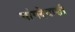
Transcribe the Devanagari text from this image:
चांगदेवाशी